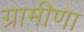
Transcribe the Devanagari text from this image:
ग्रामीणा